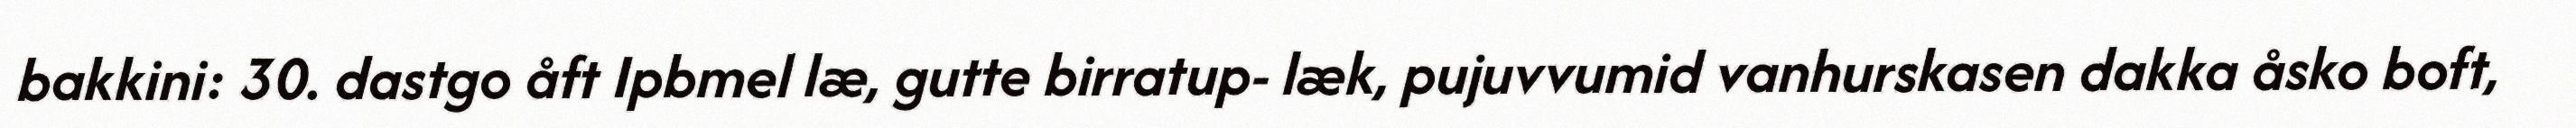
bakkini: 30. dastgo åft Ipbmel læ, gutte birratup- læk, pujuvvumid vanhurskasen dakka åsko boft,